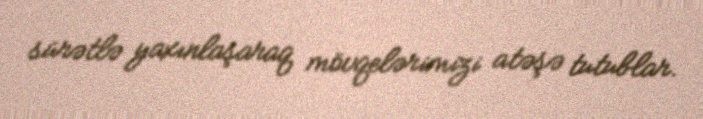
sürətlə yaxınlaşaraq mövqelərimizi atəşə tutublar.